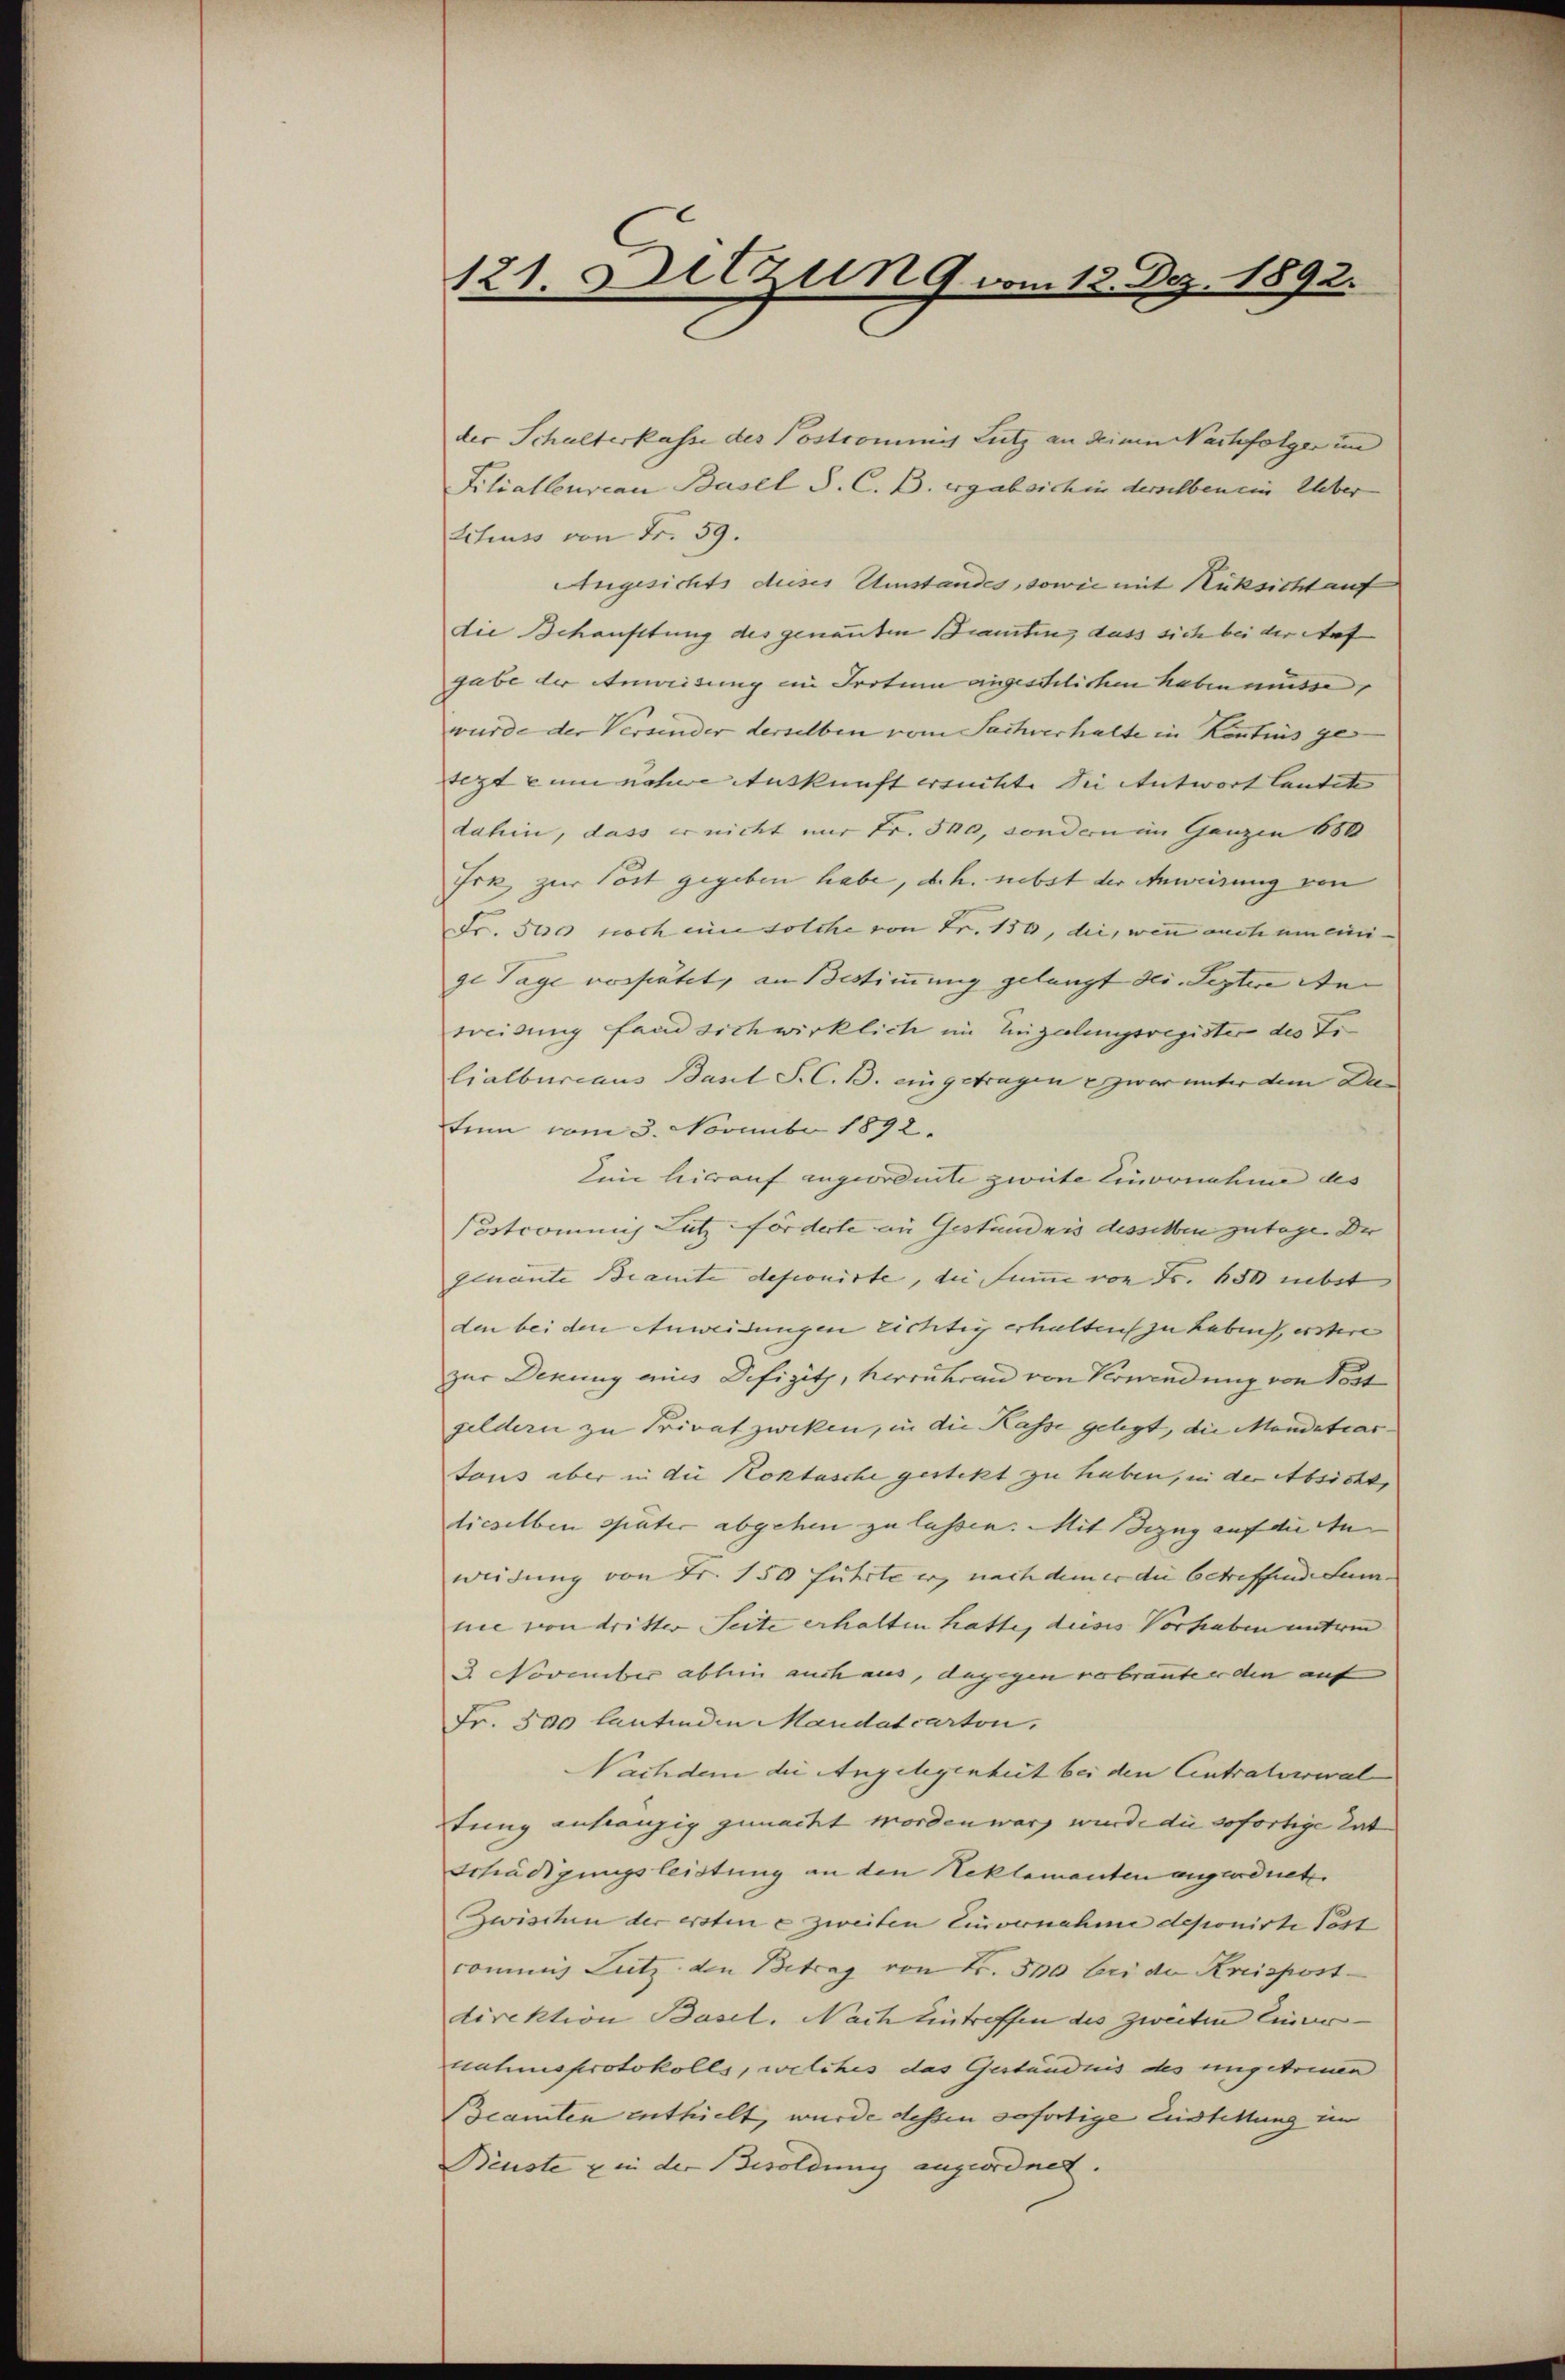
121. Sitzun 9 vom 13. Dez. 1892.

der Schulterkasse des Postromnis Lutz an deinen Nachfolger und
Filialleureau Basel S. C. B. ergab sich in derselben ein Ueber
Schuss von Fr. 59.
Angesichts dieses Umstandes, sowie mit Rüksicht auf
die Schausstung des genannten Beamten, dass sich bei der Auf
gabe der Anweisung ein Protum eingeschlichen haben müsse
wurde der Versender derselben vom Sachverhalte in Kontins ge
tegte um nahe Auskunft ersuchte die Antwort lautete |
dahin, dass er nicht nur Fr. 540, sondern im Ganzen 680
Irk zur Post gegeben habe, d. h. nebst der Anweisung von
Fr. Stres noch eine solche von Fr. 150, die, wenn auch um eini-
ge Tage vorfietet, an Bestimmung gelangt des. Septere An
treidung fand sich wirklich im Engelungsregister des Tilialbureaus Basel S. C. B. eingetragen zwar unter dem Die
tem vom 3. November 1892.
in hierauf angeordnete zweite Einvenahme des
Postcommis Lutz förderte an Geständnis desselben zutage. Der
genante Beamte deponirte, die Sume von Fr. 630 nebst
den bei den Anweidungen richtig erhalten zu haben, erstere
zur Denung aus Defizitz, herrühren von Verwendung von Post
geldern zu Privatzwecken, in die Kasse gelegt, die Mandatiartous aber in die Koktasche gestekt zu haben, in der Absicht,
dieselben später abgehen zu lassen. Mit Bezug auf die An- |
weidung von Fr. 150 führte er, nach dem er die betreffende Sumnee von dritter Seite erhalten hatte, dieses Vorhaben unterm
2. November abhin auch aus, dagegen verbraute er den auf
Fr. 300 lautenden Mandatcarton,
Nachdem die Angelegenheit bei den Eintratverwal
tung anfranzig gemacht worden war, wurde die sofortige Tat
Schädigungsleistung an den Neklementen angeordnete
Zwischen der ersten e zweiten Einvernahme deponirte Post
commis Lutz den Betrag von Fr. 500 bei der Kreispost
direktion Basel. Nach Eintreffen des zweiten Einer
nahmsprotokolls, welches das Geständnis des ungetreuen
Beamten enthielt, wurde dessen sofortige Einstellung im
Beuste in der Besoldung angeordnet.